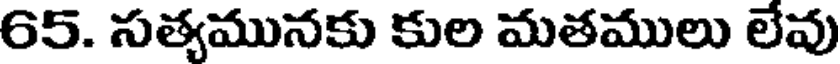
65. సత్యమునకు కుల మతములు లేవు